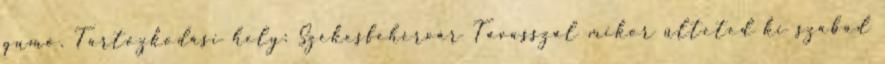
gumó. Tartózkodási hely: Székesfehérvár Tavasszal mikor ülteted ki szabad